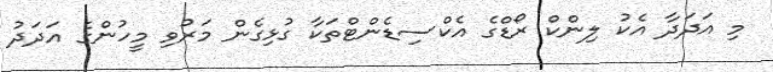
މި އަދަދާ އެކު ލިންކް ރޯޑްގެ އެކްސިޑެންޓްތަކާ ގުޅިގެން މަރުވި މީހުންގެ އަދަދު